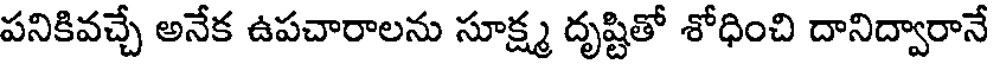
పనికివచ్చే అనేక ఉపచారాలను సూక్ష్మ దృష్టితో శోధించి దానిద్వారానే